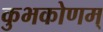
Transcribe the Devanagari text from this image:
कुभकोणम्